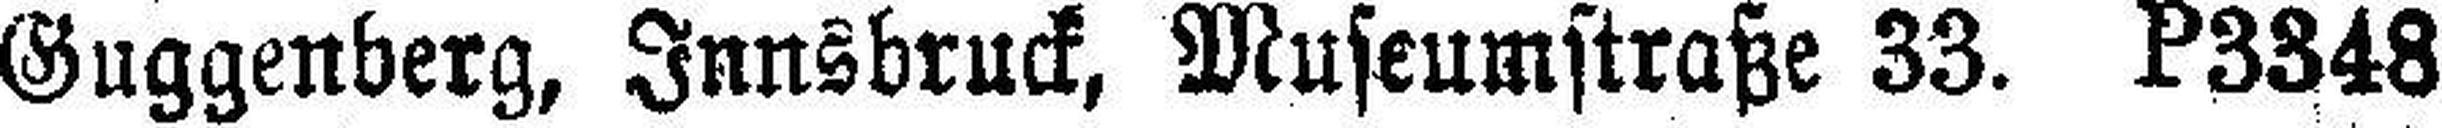
Guggenberg, Innsbruck, Museumstraße 33. P3348